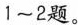
1~2题。